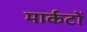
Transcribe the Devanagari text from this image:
मार्कटों